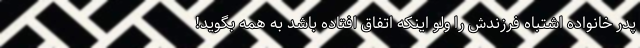
پدر خانواده اشتباه فرزندش را ولو اینکه اتفاق افتاده باشد به همه بگوید!